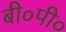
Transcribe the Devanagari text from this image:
बी०पी०